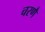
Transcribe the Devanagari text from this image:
चरणै